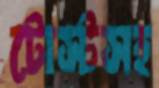
টোস্টসহ